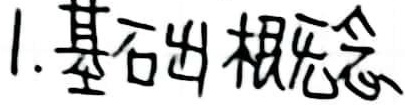
1. 基础概念